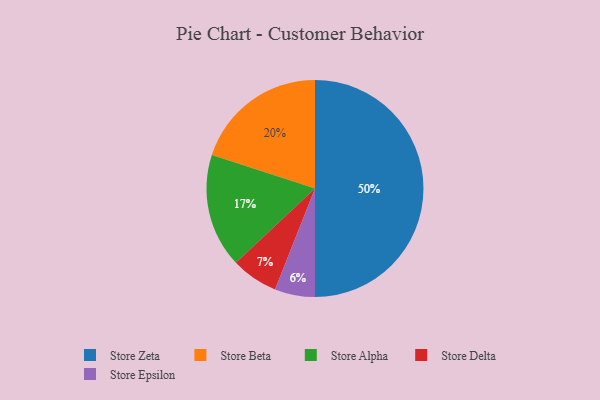
{"axis": {"x": "Category", "y": "Percentage"}, "legend": ["Store Alpha", "Store Beta", "Store Delta", "Store Epsilon", "Store Zeta"], "data": [{"x": "Store Alpha", "y": 17, "type": "Store Alpha"}, {"x": "Store Zeta", "y": 50, "type": "Store Zeta"}, {"x": "Store Beta", "y": 20, "type": "Store Beta"}, {"x": "Store Delta", "y": 7, "type": "Store Delta"}, {"x": "Store Epsilon", "y": 6, "type": "Store Epsilon"}]}